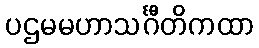
ပဌမမဟာသင်္ဂီတိကထာ